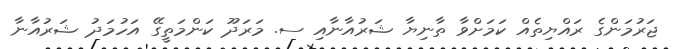
ޖަރުމަންގެ ރައްޔިތެއް ކަމަށްވާ ތާނިޔާ ޝަރުއާނާއި ސ. މަރަދޫ ކަންމަތީގޭ އަހުމަދު ޝަރުއާނާ